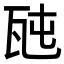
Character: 瓲